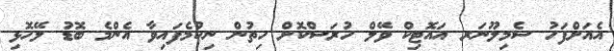
އެއަށްފަހު ސެމިލޫނަރ އައޮޓިކް ވޭލް ހުރަސްކޮށް ހިތުން ނިކުމެފައިވާ އެންމެ ބޮޑު ލޭހޮޅި